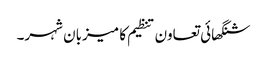
شنگھائی تعاون تنظیم کا میزبان شہر۔